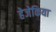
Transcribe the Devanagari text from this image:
हेजेकिया